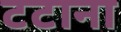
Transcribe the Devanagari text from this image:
टटाना